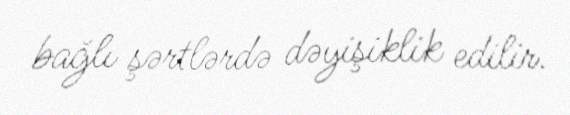
bağlı şərtlərdə dəyişiklik edilir.